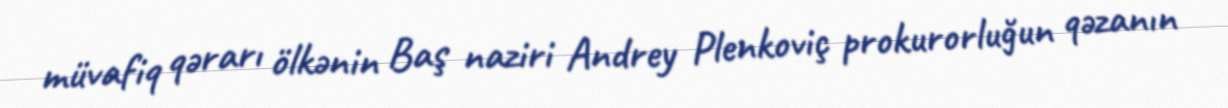
müvafiq qərarı ölkənin Baş naziri Andrey Plenkoviç prokurorluğun qəzanın